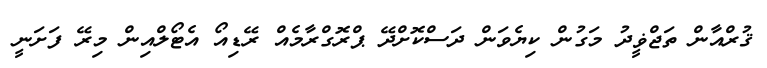
ޤުރްއާން ތަޖްޥީދު މަގުން ކިޔެވަން ދަސްކޮށްދޭ ޕްރޮގްރާމެއް ރޭޑިއޯ އެޓޯލްއިން މިރޭ ފަށަނީ